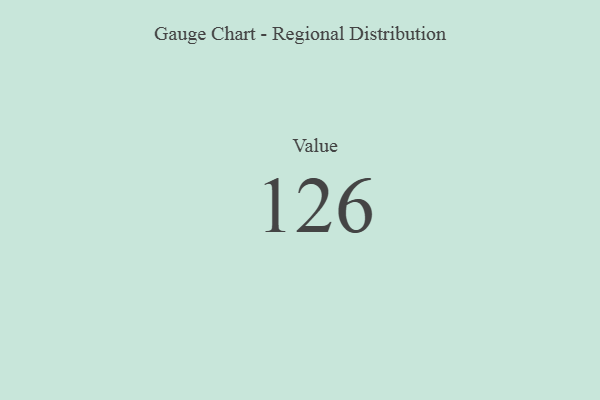
{"axis": {"x": "Metric", "y": "Value"}, "legend": [""], "data": [{"x": "Value", "y": 126, "type": ""}]}